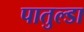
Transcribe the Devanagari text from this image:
पातुल्डा